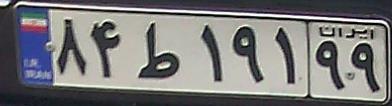
۸۴ط۱۹۱۹۹